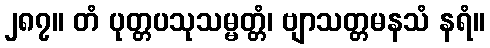
၂၈၇။ တံ ပုတ္တပသုသမ္မတ္တံ၊ ဗျာသတ္တမနသံ နရံ။